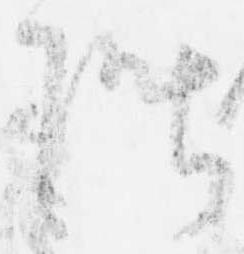
階